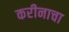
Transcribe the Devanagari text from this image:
करीनाचा